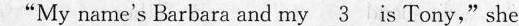
"My natme's Barbars snc my \underline{3} Tony," ste said,